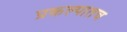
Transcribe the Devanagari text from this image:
प्रकल्पातच